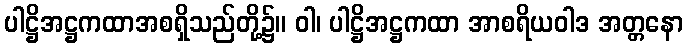
ပါဋ္ဌိအဋ္ဌကထာအစရှိသည်တို့၌။ ဝါ၊ ပါဋ္ဌိအဋ္ဌကထာ အာစရိယဝါဒ အတ္တနော